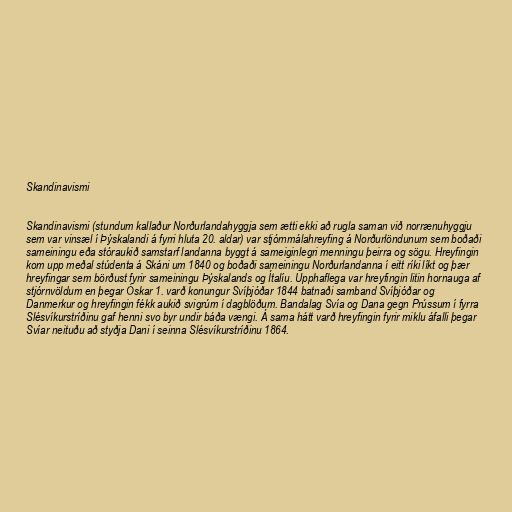
Skandinavismi

Skandinavismi (stundum kallaður Norðurlandahyggja sem ætti ekki að rugla saman við norrænuhyggju
sem var vinsæl í Þýskalandi á fyrri hluta 20. aldar) var stjórnmálahreyfing á Norðurlöndunum sem boðaði
sameiningu eða stóraukið samstarf landanna byggt á sameiginlegri menningu þeirra og sögu. Hreyfingin
kom upp meðal stúdenta á Skáni um 1840 og boðaði sameiningu Norðurlandanna í eitt ríki líkt og þær
hreyfingar sem börðust fyrir sameiningu Þýskalands og Ítalíu. Upphaflega var hreyfingin litin hornauga af
stjórnvöldum en þegar Óskar 1. varð konungur Svíþjóðar 1844 batnaði samband Svíþjóðar og
Danmerkur og hreyfingin fékk aukið svigrúm í dagblöðum. Bandalag Svía og Dana gegn Prússum í fyrra
Slésvíkurstríðinu gaf henni svo byr undir báða vængi. Á sama hátt varð hreyfingin fyrir miklu áfalli þegar
Svíar neituðu að styðja Dani í seinna Slésvíkurstríðinu 1864.